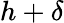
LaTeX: h+\delta